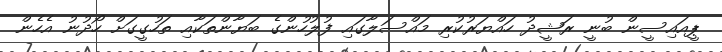
ޕީއައިސީން ބުނީ ރަޝީދު ހައްޔަރުކުރި މައްސަލާގައި ފުލުހުންގެ ބަޔާންތަކާއި ތަހުގީގަށް ހޯދުނު އެހެން